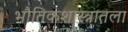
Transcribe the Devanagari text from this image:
भौतिकशास्त्रातला